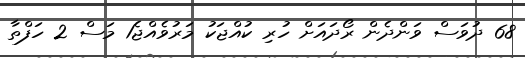
68 ދުވަސް ވަންދެން ރޯދައަށް ހުރި ކުއްޖަކު މަރުވެއްޖެ1 މަސް 2 ހަފްތާ